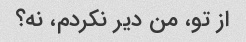
از تو، من دیر نکردم، نه؟